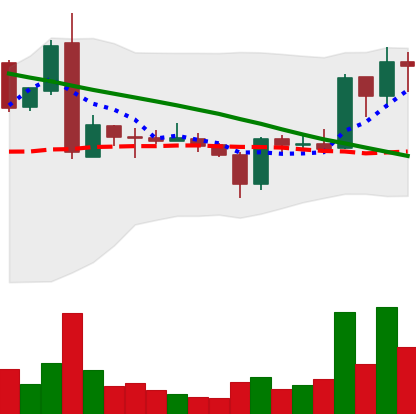
Ticker: ADA-USD
Chart end date: 2019-03-12
Forward return: 5.929%
Label: up_5_7